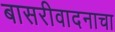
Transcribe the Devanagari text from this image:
बासरीवादनाचा